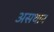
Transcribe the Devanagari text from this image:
असथान